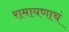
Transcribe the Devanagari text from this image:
रामायणाचं